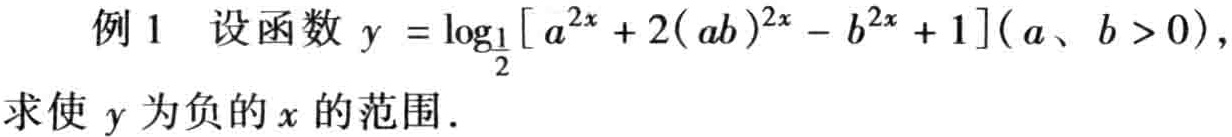
例 1 设函数 \(y = \log_{\frac{1}{2}}[a^{2x} + 2(ab)^{2x} - b^{2x} + 1](a、b > 0)\)，
求使 \(y\) 为负的 \(x\) 的范围．